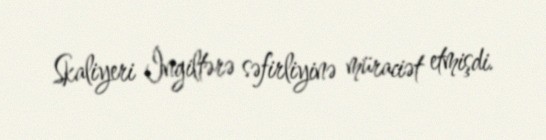
Skaliyeri İngiltərə səfirliyinə müraciət etmişdi.